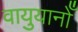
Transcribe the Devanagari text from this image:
वायुयानोँ